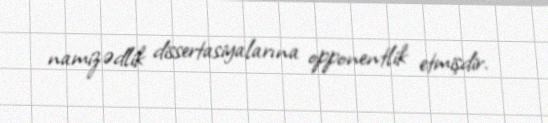
namizədlik dissertasiyalarına opponentlik etmişdir.